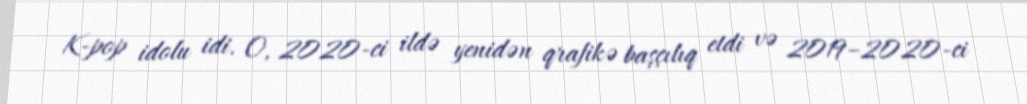
K-pop idolu idi. O, 2020-ci ildə yenidən qrafikə başçılıq etdi və 2019–2020-ci